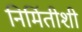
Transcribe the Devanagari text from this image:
निर्मितीशी